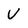
Character: U